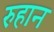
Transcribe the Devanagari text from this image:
रुहान